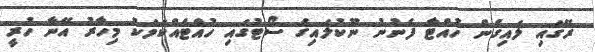
ރޭގައި ލައިގެން ހުއްޓާ ފެނުނު ނޫކުލައިގެ ސޯޓުގައި ހުއްޓެއްކަމަކު މިހާރު އޭނާ ހުރީ